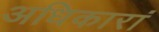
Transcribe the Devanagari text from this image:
अधिकारां